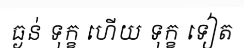
ធ្ងន់ ទុក្ខ ហើយ ទុក្ខ ទៀត